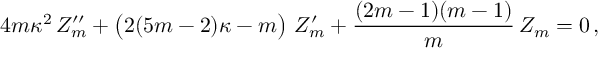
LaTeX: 4 m \kappa ^ { 2 } \, Z _ { m } ^ { \prime \prime } + \left( \strut 2 ( 5 m - 2 ) \kappa - m \right) \, Z _ { m } ^ { \prime } + { \frac { ( 2 m - 1 ) ( m - 1 ) } { m } } \, Z _ { m } = 0 \, ,